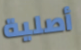
أصلية